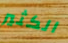
الكثير